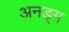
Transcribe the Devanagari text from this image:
अनङ्‌ग